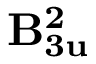
\mathbf { B _ { 3 u } ^ { 2 } }